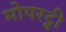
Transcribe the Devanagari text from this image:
मोपरट्वी